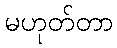
မဟုတ်တာ